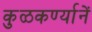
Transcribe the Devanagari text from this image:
कुळकर्ण्यानें